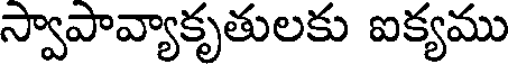
స్వాపావ్యాకృతులకు ఐక్యము